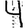
Digit: 4